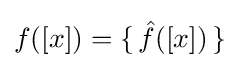
f([x])=\{\,{\hat {f}}([x])\,\}